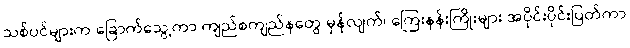
သစ်ပင်များက ခြောက်သွေ့ကာ ကျည်စကျည်နတွေ မှန်လျက်၊ ကြေးနန်းကြိုးများ အပိုင်းပိုင်းပြတ်ကာ